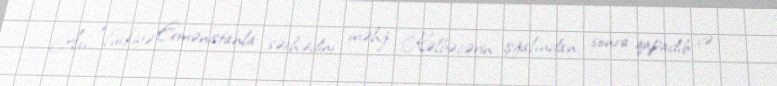
Axı, Türkiyə Ermənistanla sərhədini məhz Kəlbəcərin işğalından sonra qapadıb və